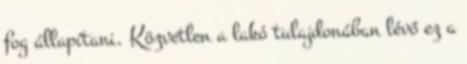
fog állapítani. Közvetlen a lakó tulajdonában lévő ez a